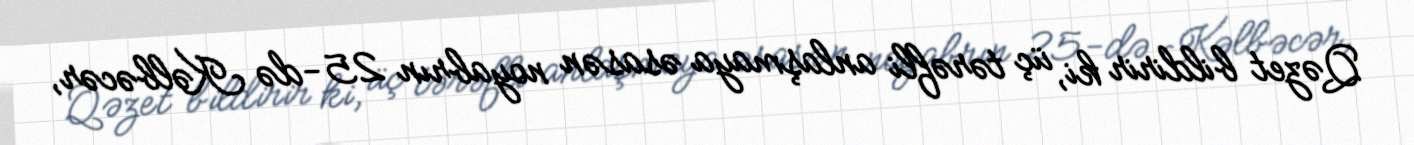
Qəzet bildirir ki, üç tərəfli anlaşmaya əsasən noyabrın 25-də Kəlbəcər,